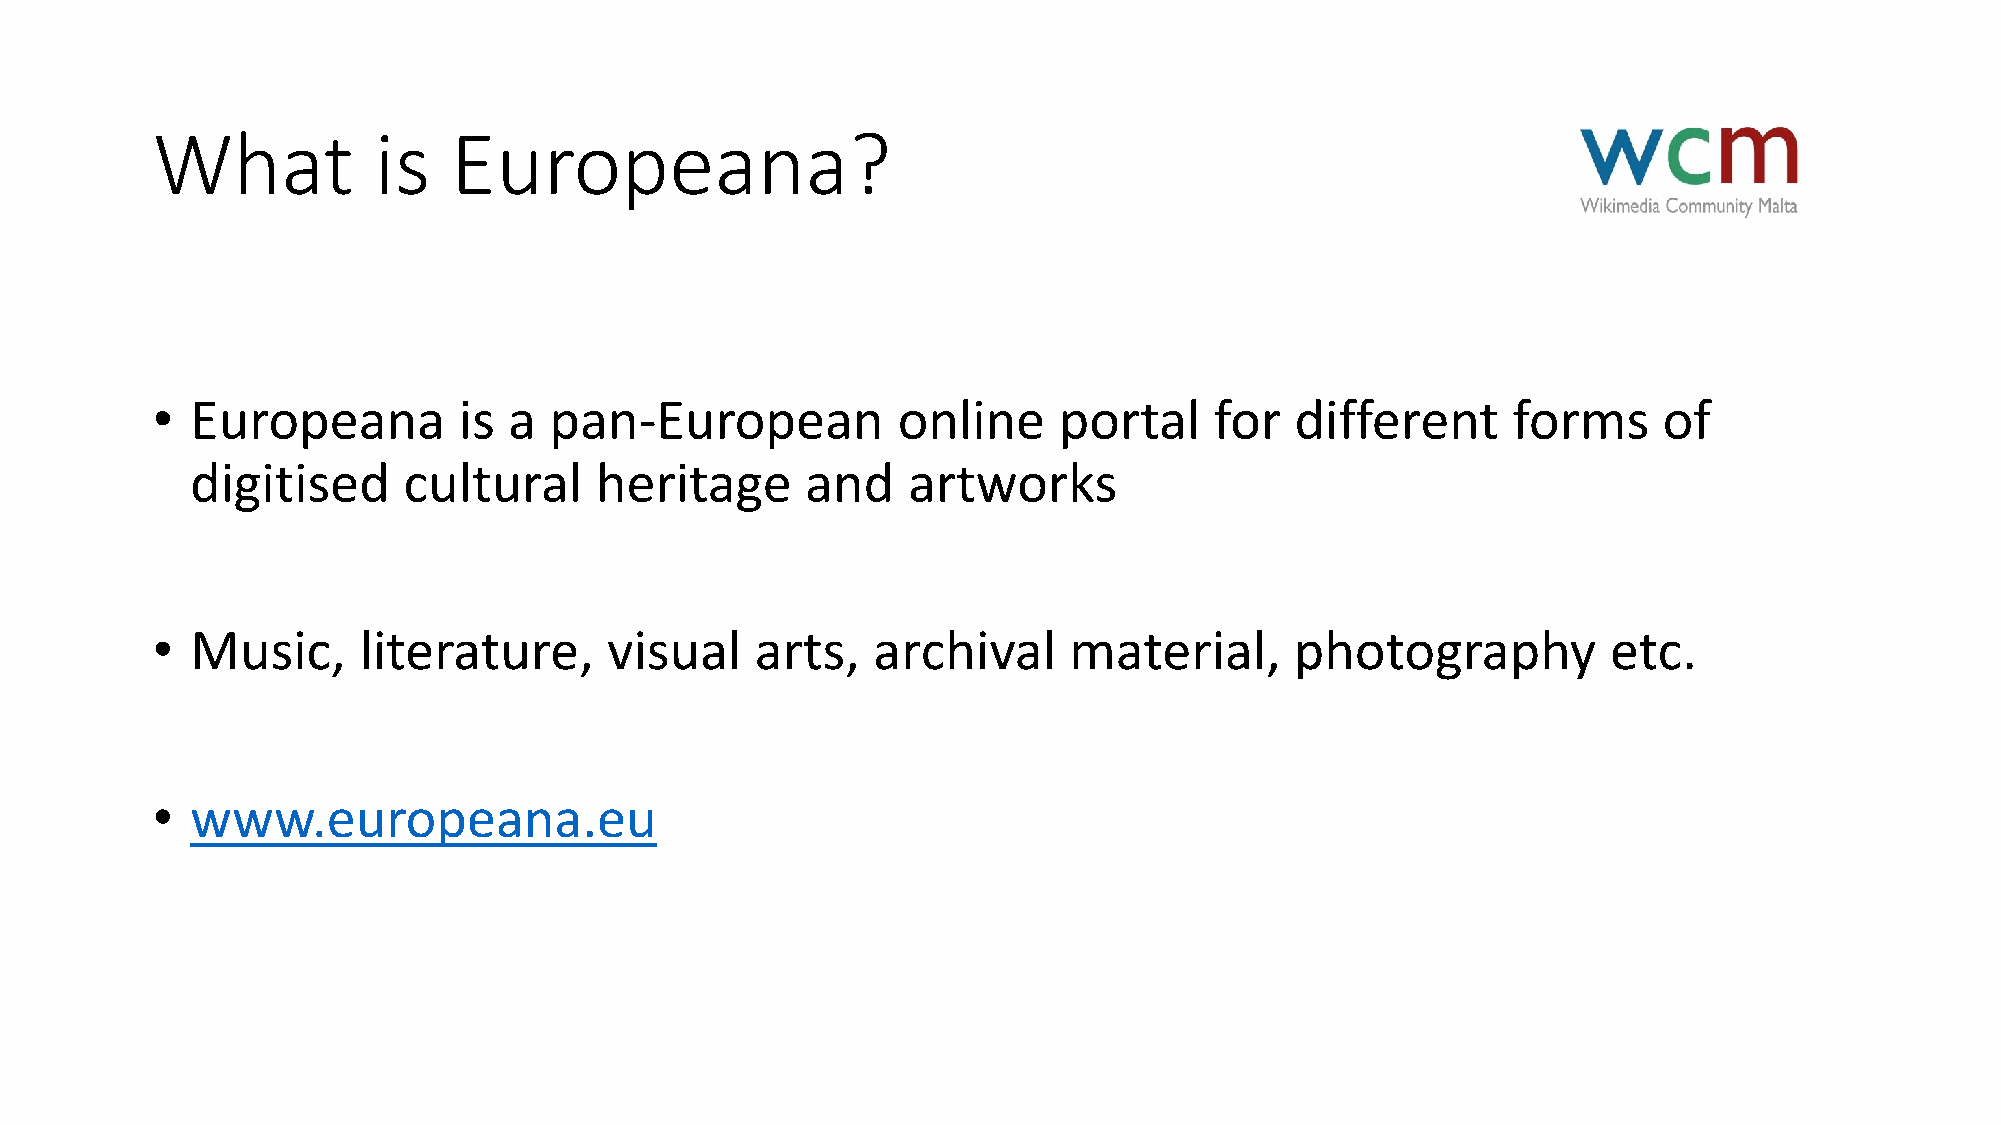
What           is   Europeana?
 •  Europeana        is  a pan-European           online     portal    for   different     forms     of
 digitised     cultural    heritage      and    artworks
 •  Music,     literature,     visual    arts,   archival     material,      photography          etc.
 •  www.europeana.eu